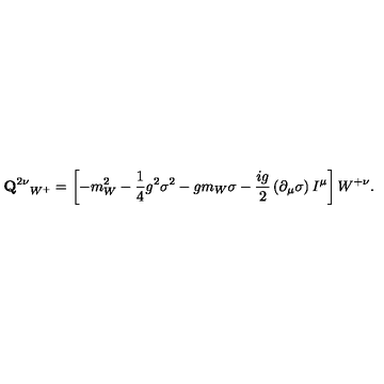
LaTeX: { { \bf Q } ^ { 2 \nu } } _ { W ^ { + } } = \left[ - m _ { W } ^ { 2 } - \frac { 1 } { 4 } g ^ { 2 } \sigma ^ { 2 } - g m _ { W } \sigma - \frac { i g } { 2 } \left( \partial _ { \mu } \sigma \right) I ^ { \mu } \right] W ^ { + \nu } .